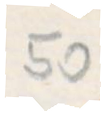
50